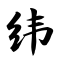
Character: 纬